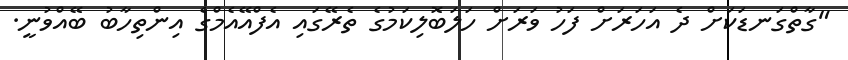
"ގާތްގަނޑަކަށް ދެ އަހަރަށް ފަހު ވަރަށް ހަލަބޮލިކަމުގެ ތެރޭގައި އެފްއޭއެމްގެ އިންތިހާބު ބޭއްވުނީ.